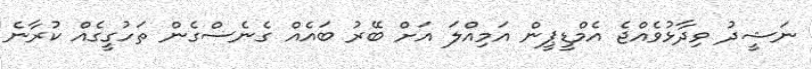
ނަޝީދު ވިދާޅުވެއްޖެ އެމްޑީޕީން އަމިއްލަ އަށް ބޭރު ބައެއް ގެނެސްގެން ތަހުގީގެއް ކުރާނެ